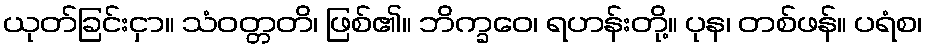
ယုတ်ခြင်းငှာ။ သံဝတ္တတိ၊ ဖြစ်၏။ ဘိက္ခဝေ၊ ရဟန်းတို့။ ပုန၊ တစ်ဖန်။ ပရံစ၊